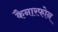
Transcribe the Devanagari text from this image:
कैनारफोन